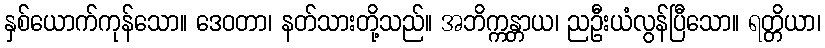
နှစ်ယောက်ကုန်သော။ ဒေဝတာ၊ နတ်သားတို့သည်။ အဘိက္ကန္တာယ၊ ညဦးယံလွန်ပြီသော။ ရတ္တိယာ၊